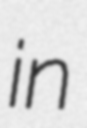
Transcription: in